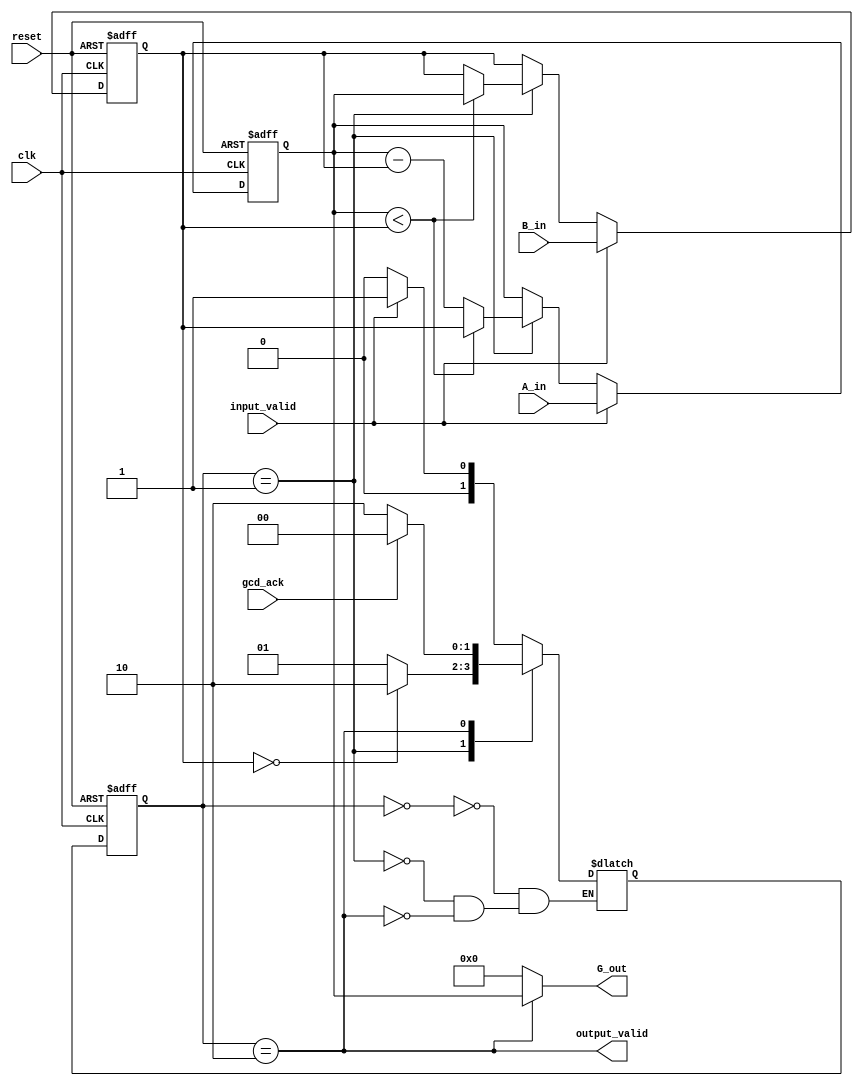
module GCD (
    input clk,
    input [7:0] A_in,
    input [7:0] B_in,
    input input_valid,
    input reset,
    input gcd_ack,
    output [7:0] G_out,
    output output_valid
);

parameter IDLE = 2'b00;
parameter BUSY = 2'b01;
parameter DONE = 2'b10;

reg [7:0] A;
reg [7:0] B;
reg [1:0] state;
reg [1:0] next_state;

wire [7:0] A_mux_out;
wire [7:0] B_mux_out;
wire [7:0] A_out;
wire [7:0] B_out;
wire [7:0] G_out;
wire [7:0] A_minus_B;
wire B_zero;

assign A_out = A;
assign B_out = B;
assign A_mux_out = input_valid ? A_in : ( (state==BUSY) ? ((A_out < B_out) ? B_out : A_minus_B) : A_out);
assign B_mux_out = input_valid ? B_in : ( (state==BUSY) ? ((A_out < B_out) ? A_out : B_out) : B_out);
assign A_minus_B = A_out - B_out;
assign B_zero = (B_out == 8'b00000000);

always @(posedge clk or posedge reset)
if(reset)
begin
    A <= 0;
    B <= 0;
end
else
begin
    A <= A_mux_out;
    B <= B_mux_out;
end

always @(posedge clk or posedge reset)
begin
if(reset)
    state <= IDLE;
else
    state <= next_state;
end

assign G_out = output_valid ? A_out : 0;
assign output_valid = (state == DONE);

always @(*)
begin
case (state)
    IDLE: if(input_valid) next_state = BUSY; else next_state = IDLE;
    BUSY: if(B_zero) next_state = DONE; else next_state = BUSY;
    DONE: if(gcd_ack) next_state = IDLE; else next_state = DONE;
endcase
end

endmodule